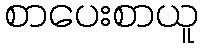
စာပေးစာယူ